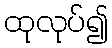
ထုလုပ်၍